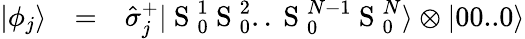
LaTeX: \begin{array}{ccl}{|\phi_{j}\rangle}&{=}&{\hat{\sigma}_{j}^{+}|\mathrm{~S~}_{0}^{1}\mathrm{~S~}_{0}^{2}..\mathrm{~S~}_{0}^{N-1}\mathrm{~S~}_{0}^{N}\rangle\otimes|00..0\rangle}\end{array}